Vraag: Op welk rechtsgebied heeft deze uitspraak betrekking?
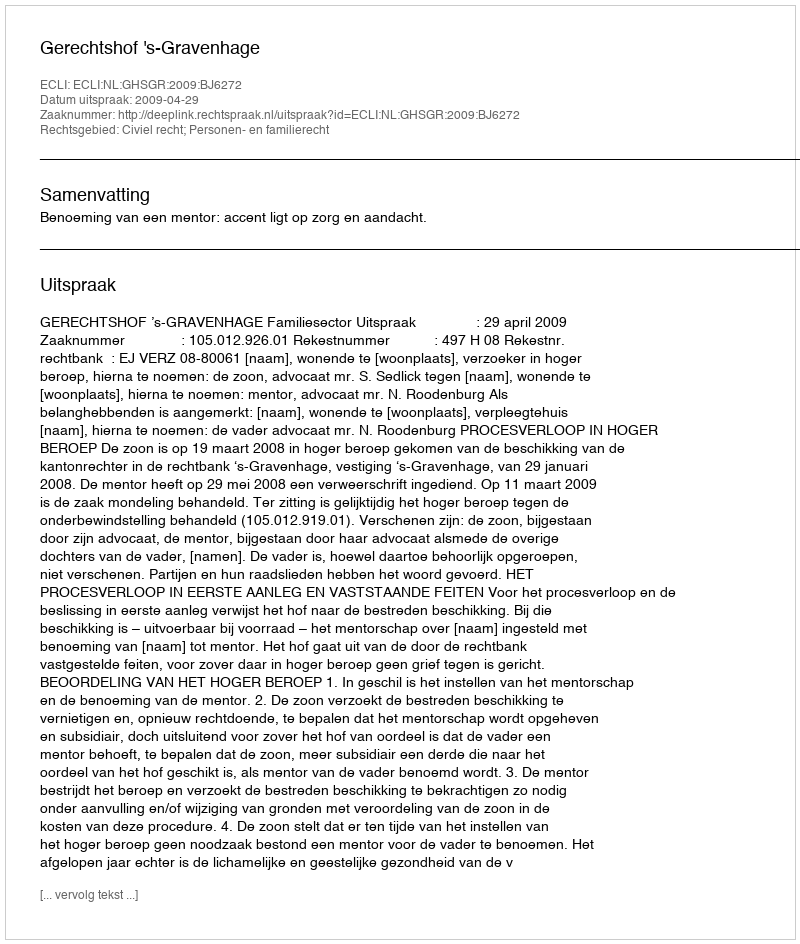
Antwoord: Civiel recht; Personen- en familierecht